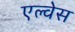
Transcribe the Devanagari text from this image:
एल्वेस